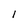
Character: l